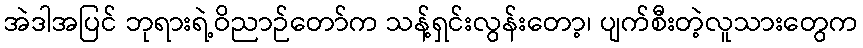
အဲဒါအပြင် ဘုရားရဲ့ဝိညာဉ်တော်က သန့်ရှင်းလွန်းတော့၊ ပျက်စီးတဲ့လူသားတွေက